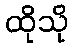
ထိုသို